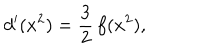
d ^ { \prime } ( x ^ { 2 } ) = { \frac { 3 } { 2 } } \, f ( x ^ { 2 } ) ,